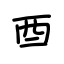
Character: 酉